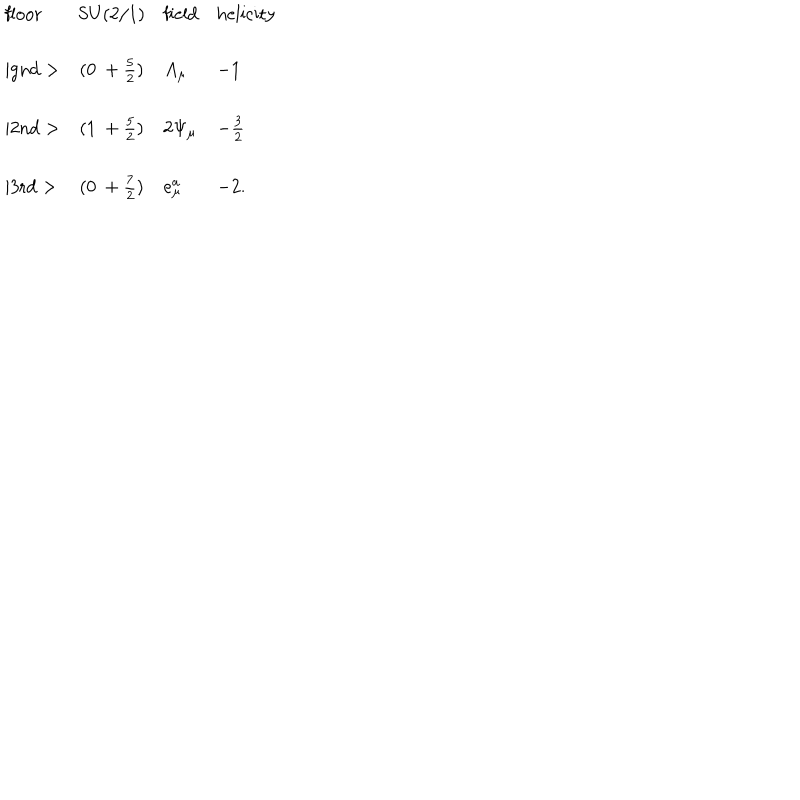
LaTeX: \begin{array} { l c l l } { { \mathrm { f l o o r } } } & { { \mathrm { S U ( 2 / 1 ) } } } & { { \mathrm { f i e l d } } } & { { \mathrm { h e l i c i t y } } } \\ { { \mid \mathrm { g n d } > } } & { { ( 0 ~ + \frac { 5 } { 2 } ) } } & { { A _ { \mu } } } & { { - 1 } } \\ { { \mid \mathrm { 2 n d } > } } & { { ( 1 ~ + \frac { 5 } { 2 } ) } } & { { 2 \Psi _ { \mu } } } & { { - \frac { 3 } { 2 } } } \\ { { \mid \mathrm { 3 r d } > } } & { { ( 0 ~ + \frac { 7 } { 2 } ) } } & { { e _ { \mu } ^ { a } } } & { { - 2 . } } \\ \end{array}